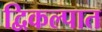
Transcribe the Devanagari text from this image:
द्विकल्पात